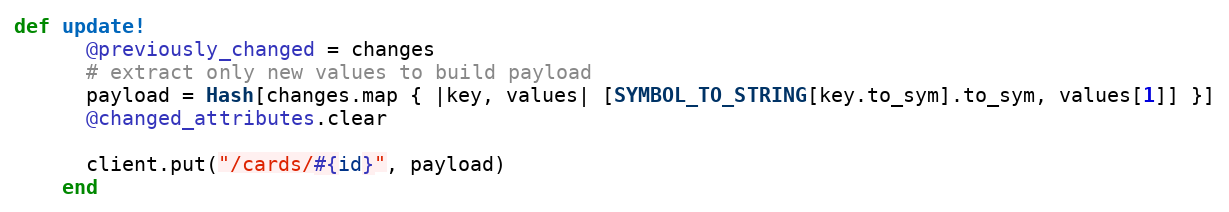
Language: Ruby
def update!
      @previously_changed = changes
      # extract only new values to build payload
      payload = Hash[changes.map { |key, values| [SYMBOL_TO_STRING[key.to_sym].to_sym, values[1]] }]
      @changed_attributes.clear

      client.put("/cards/#{id}", payload)
    end